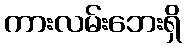
ကားလမ်းဘေးရှိ